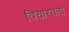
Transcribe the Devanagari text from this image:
विचारवंता